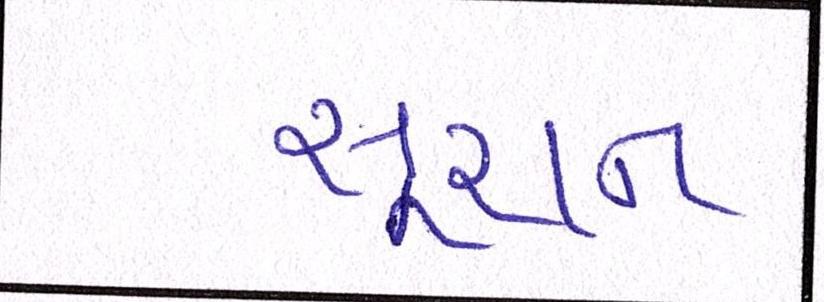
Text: સૂચન